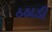
ઠઠાડી